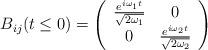
LaTeX: \begin{align*}B_{ij}(t\leq 0)=\left(\begin{array}{cc}\frac{e^{i\omega_1t}}{\sqrt{2\omega_1}}&0\\0&\frac{e^{i\omega_2t}}{\sqrt{2\omega_2}}\\\end{array}\right)\end{align*}